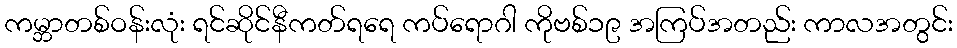
ကမ္ဘာတစ်ဝန်းလုံး ရင်ဆိုင်နီကတ်ရရေ ကပ်ရောဂါ ကိုဗစ်၁၉ အကြပ်အတည်း ကာလအတွင်း